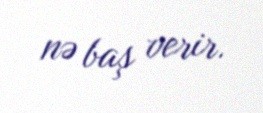
nə baş verir.